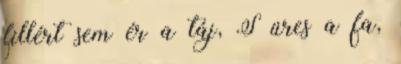
fillért sem ér a táj, S üres a fa,